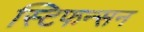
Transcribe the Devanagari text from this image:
स्टिफन्सन